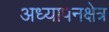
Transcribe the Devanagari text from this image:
अध्यापनक्षेत्र